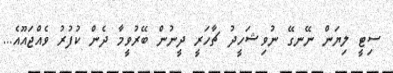
ސިޓީ ލިޔަން ނޭނގޭ ނުވިޝަހީދު ޗާހަރީ ދީނުން ބޭރުވީމާ ދެން ކުފުރު ވެއްޖައޫއެ...